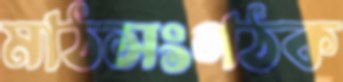
মাঠসংগঠক